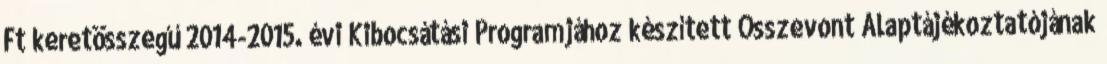
Ft keretösszegű 2014-2015. évi Kibocsátási Programjához készített Összevont Alaptájékoztatójának